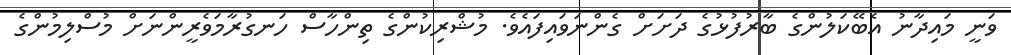
ވަނީ މައިދާނު އެބޭކަލުންގެ ބާރުފުޅުގެ ދަށަށް ގެންނަވައިފައެވެ. މުޝްރިކުންގެ ތިންހާސް ހަނގުރާމަވެރީންނަށް މުސްލިމުންގެ